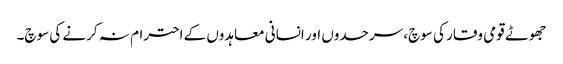
جھوٹے قومی وقار کی سوچ، سرحدوں اور انسانی معاہدوں کے احترام نہ کرنے کی سوچ۔